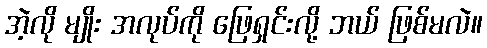
အဲ့လို မျိုး အလုပ်ကို ဖြေရှင်းလို့ ဘယ် ဖြစ်မလဲ။